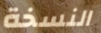
النسخة